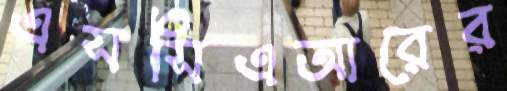
এসসিএআরের